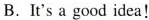
B. It's a good idea!